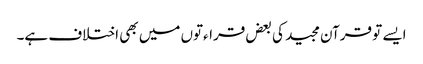
ایسے تو قرآن مجید کی بعض قراءتوں میں بھی اختلاف ہے۔